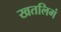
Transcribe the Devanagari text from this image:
खतलिगं